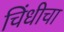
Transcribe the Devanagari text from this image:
चिंधीचा